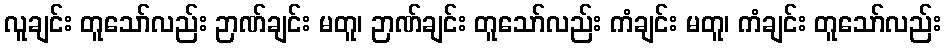
လူချင်း တူသော်လည်း ဉာဏ်ချင်း မတူ၊ ဉာဏ်ချင်း တူသော်လည်း ကံချင်း မတူ၊ ကံချင်း တူသော်လည်း